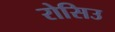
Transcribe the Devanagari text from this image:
रोसिउ